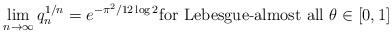
LaTeX: \begin{align*}\lim_{n\to\infty} q_n^{1/n}=e^{-\pi^2/12\log 2} \mbox{for Lebesgue-almost all} \ \theta\in [0,1]\end{align*}